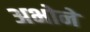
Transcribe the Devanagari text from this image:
अभोने